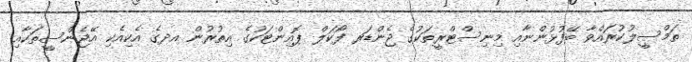
ތަމްސީލުކުރައްވާ ބޭފުޅުންނާއި މިނިސްޓްރީތަކުގެ ޖެންޑަރ ފޯކަލް ޕޮއިންޓަކުގެ އިތުރުން އދގެ އެކިއެކި އޭޖެންސީތަކާއި